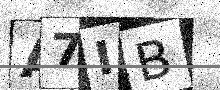
Text: A7IB